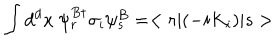
\int d ^ { d } x ~ \psi _ { r } ^ { B \dagger } \sigma _ { i } \psi _ { s } ^ { B } = < r | ( - i K _ { i } ) | s >